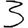
Digit: 3